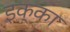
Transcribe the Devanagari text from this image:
इक्‍का